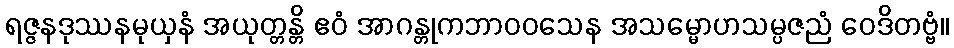
ရဇ္ဇနဒုဿနမုယှနံ အယုတ္တန္တိ ဧဝံ အာဂန္တုကဘာဝဝသေန အသမ္မောဟသမ္ပဇညံ ဝေဒိတဗ္ဗံ။